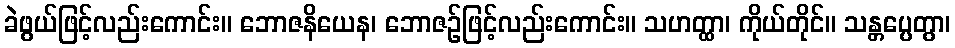
ခဲဖွယ်ဖြင့်လည်းကောင်း။ ဘောဇနိယေန၊ ဘောဇဉ်ဖြင့်လည်းကောင်း။ သဟတ္ထာ၊ ကိုယ်တိုင်။ သန္တပ္ပေတွာ၊